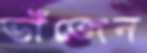
ভাঁজেন